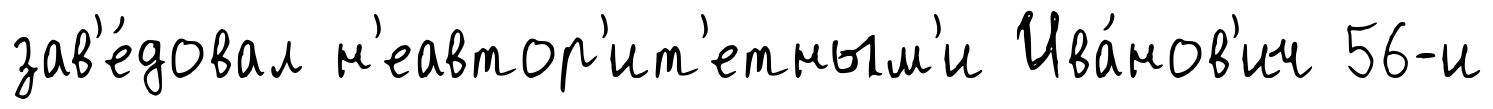
зав'е́довал н'еавтор'ит'етным'и Ива́нов'ич 56-и